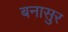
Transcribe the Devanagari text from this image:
बनासुर